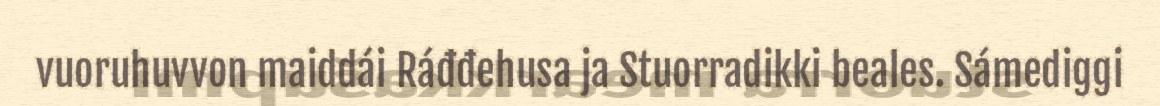
vuoruhuvvon maiddái Ráđđehusa ja Stuorradikki beales. Sámediggi